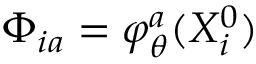
\Phi _ { i a } = \varphi _ { \theta } ^ { a } ( X _ { i } ^ { 0 } )